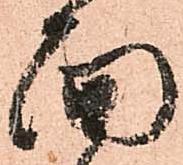
面